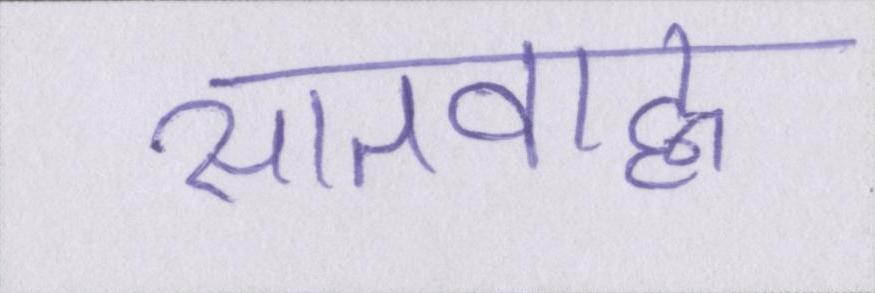
सातवाह्न